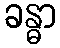
ခန္ဓာ